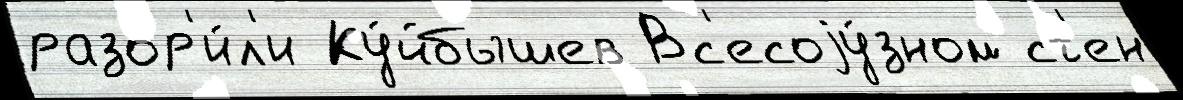
разор'и́л'и Ку́йбышев Вс'есоjу́зном ст'ен